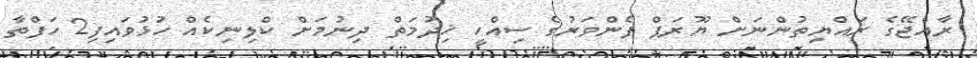
ރާއްޖޭގެ ރައްޔިތުންނަށް ޔޫރަޕް ފެންވަރުގެ ސިއްހީ ޚިދުމަތް ދިނުމަށް ކްލިނިކެއް ހުޅުވައިފި2 ހަފްތާ